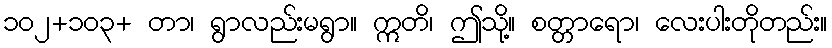
၁၀၂+၁၀၃+ တာ၊ ရွာလည်းမရွာ။ ဣတိ၊ ဤသို့။ စတ္တာရော၊ လေးပါးတိုတည်း။